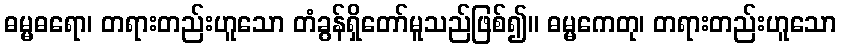
ဓမ္မဓရော၊ တရားတည်းဟူသော တံခွန်ရှိတော်မူသည်ဖြစ်၍။ ဓမ္မကေတု၊ တရားတည်းဟူသော